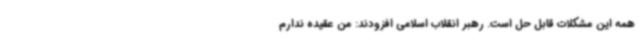
همه این مشکلات قابل حل است. رهبر انقلاب اسلامی افزودند: من عقیده ندارم